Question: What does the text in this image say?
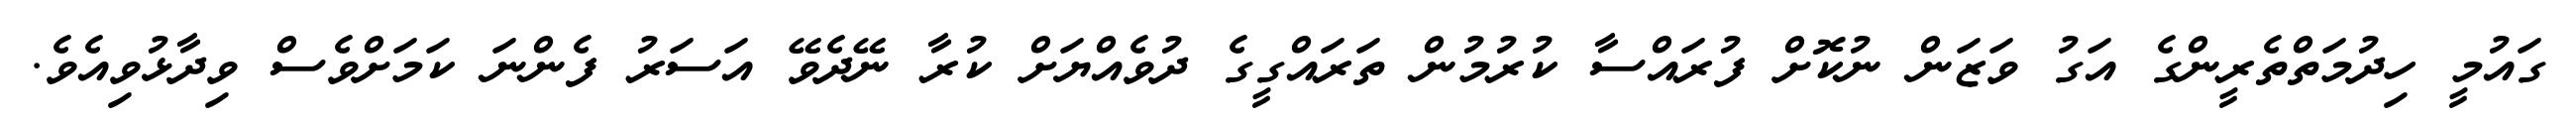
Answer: ގައުމީ ހިދުމަތްތެރީންގެ އަގު ވަޒަން ނުކޮށް ފުރައްސާ ކުރުމުން ތަރައްގީގެ ދުވެއްޔަށް ކުރާ ނޭދެވޭ އަސަރު ފެންނަ ކަމަށްވެސް ވިދާޅުވިއެވެ.